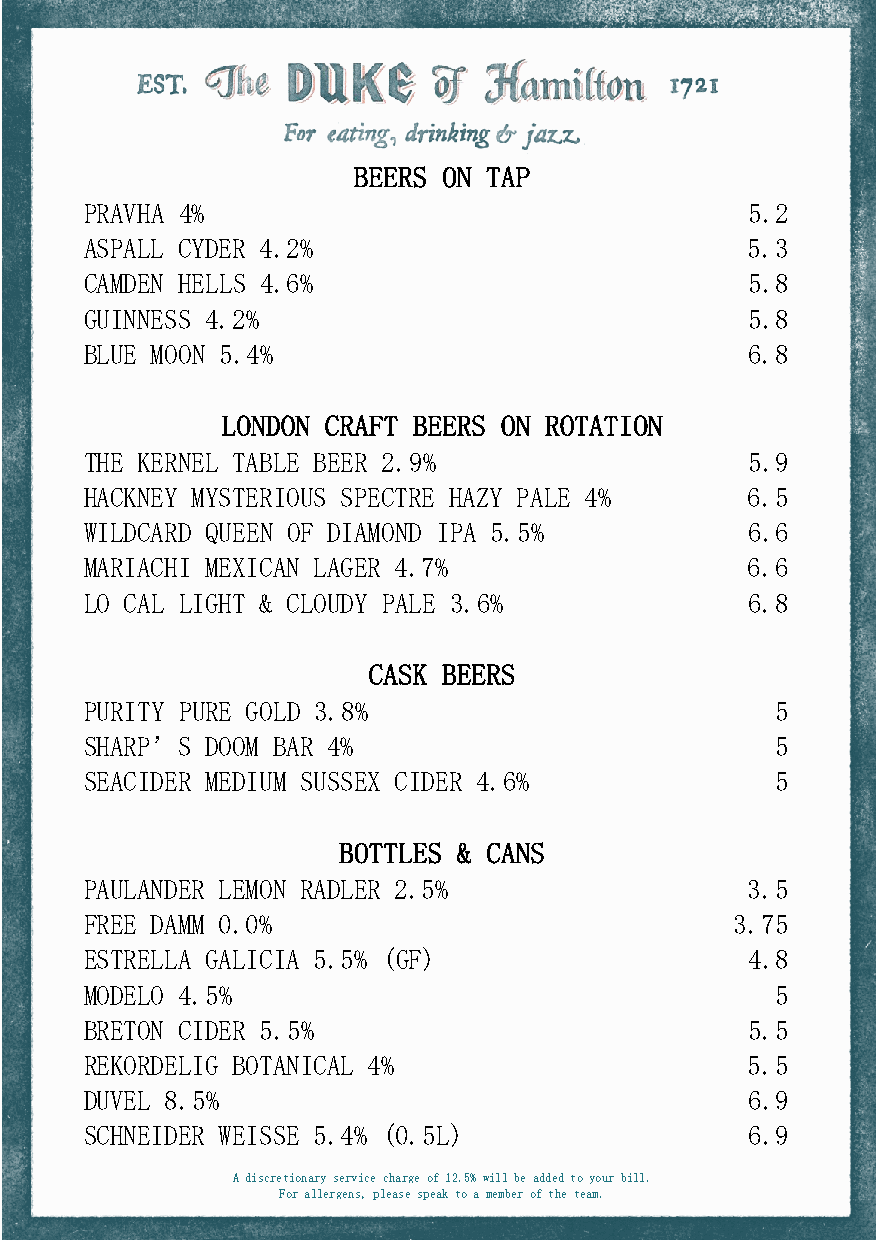
BEERS ON TAP
 PRAVHA 4%                                  5.2
 ASPALL CYDER 4.2%                          5.3
 CAMDEN HELLS 4.6%                          5.8
 GUINN ESS 4.2%                             5.8
 BLUE MOON 5.4%                             6.8
 LONDON CRAFT BEERS ON ROTATION
 THE KERNEL TABLE BEER 2.9%                 5.9
 HACKNEY MYSTERIOUS SPECTRE HAZY PALE 4%    6.5
 WILDC ARD QUEEN OF DIAMOND IPA 5.5%        6.6
 MARIA CHI MEXICAN LAGER 4.7%               6.6
 LO CAL LIGHT & CLOUDY PALE 3.6%            6.8
 CASK BEERS
 PURITY PURE GOLD 3.8%                        5
 SHARP ’S DOOM BAR 4%                         5
 SEACI DER MEDIUM SUSSEX CIDER 4.6%           5
 BOTTLES & CANS
 PAULANDER LEMON RADLER 2.5%                3.5
 FREE DAMM 0.0%                             3.75
 ESTRE LLA GALICIA 5.5% (GF)                4.8
 MODEL O 4.5%                                 5
 BRETON CIDER 5.5%                          5.5
 REKORDELIG BOTANICAL 4%                    5.5
 DUVEL 8.5%                                 6.9
 SCHNEIDER WEISSE 5.4% (0.5L)               6.9
 A discretionary service charge of 12.5% will be added to your bill.
 For allergens, please speak to a member of the team.